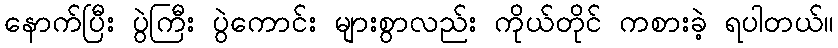
နောက်ပြီး ပွဲကြီး ပွဲကောင်း များစွာလည်း ကိုယ်တိုင် ကစားခဲ့ ရပါတယ်။